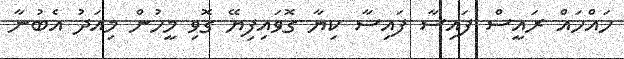
ހައްހައް ރައީސް ފައިސާ ފައިސާ ކިޔާ ގޮވައިފިޔޭ ގޮވި މީހުން މިއަދު އެބުނާ